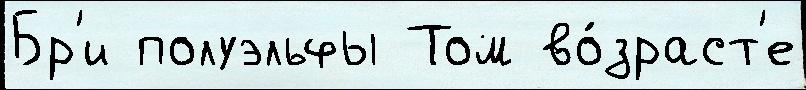
Бр'и полуэльфы Том во́зраст'е